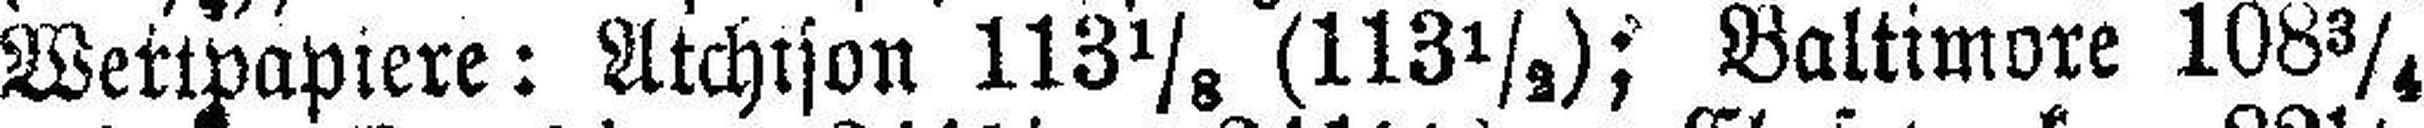
Wertpapiere: Atchison 113⅛ (113½); Baltimore 108¾